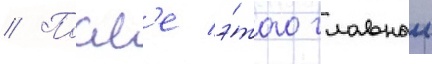
// Посл'е э́того главныи